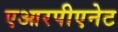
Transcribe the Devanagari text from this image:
एआरपीएनेट